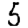
Digit: 5